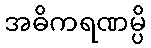
အဓိကရဏမ္ပိ